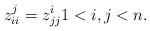
LaTeX: \begin{align*}z_{ii}^j=z_{jj}^i1<i,j<n.\end{align*}